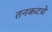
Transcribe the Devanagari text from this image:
तनकटचे